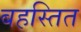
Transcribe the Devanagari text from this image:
बहस्तित